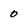
Character: 0